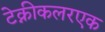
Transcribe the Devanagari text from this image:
टेक्नीकलरएक